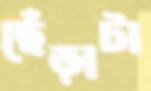
ছেঁড়াটা